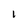
Character: l